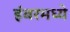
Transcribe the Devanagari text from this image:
हंबरमध्ये